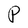
Character: P